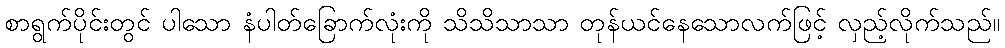
စာရွက်ပိုင်းတွင် ပါသော နံပါတ်ခြောက်လုံးကို သိသိသာသာ တုန်ယင်နေသောလက်ဖြင့် လှည့်လိုက်သည်။